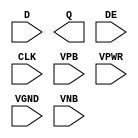
/**
 * Copyright 2020 The SkyWater PDK Authors
 *
 * Licensed under the Apache License, Version 2.0 (the "License");
 * you may not use this file except in compliance with the License.
 * You may obtain a copy of the License at
 *
 *     https://www.apache.org/licenses/LICENSE-2.0
 *
 * Unless required by applicable law or agreed to in writing, software
 * distributed under the License is distributed on an "AS IS" BASIS,
 * WITHOUT WARRANTIES OR CONDITIONS OF ANY KIND, either express or implied.
 * See the License for the specific language governing permissions and
 * limitations under the License.
 *
 * SPDX-License-Identifier: Apache-2.0
 */

`ifndef SKY130_FD_SC_HD__EDFXTP_PP_SYMBOL_V
`define SKY130_FD_SC_HD__EDFXTP_PP_SYMBOL_V

/**
 * edfxtp: Delay flop with loopback enable, non-inverted clock,
 *         single output.
 *
 * Verilog stub (with power pins) for graphical symbol definition
 * generation.
 *
 * WARNING: This file is autogenerated, do not modify directly!
 */

`timescale 1ns / 1ps
`default_nettype none

(* blackbox *)
module sky130_fd_sc_hd__edfxtp (
    //# {{data|Data Signals}}
    input  D   ,
    output Q   ,

    //# {{control|Control Signals}}
    input  DE  ,

    //# {{clocks|Clocking}}
    input  CLK ,

    //# {{power|Power}}
    input  VPB ,
    input  VPWR,
    input  VGND,
    input  VNB
);
endmodule

`default_nettype wire
`endif  // SKY130_FD_SC_HD__EDFXTP_PP_SYMBOL_V